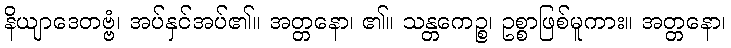
နိယျာဒေတဗ္ဗံ၊ အပ်နှင်အပ်၏။ အတ္တနော၊ ၏။ သန္တကေဉ္စ၊ ဥစ္စာဖြစ်မူကား။ အတ္တနော၊